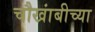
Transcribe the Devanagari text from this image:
चौखांबीच्या